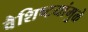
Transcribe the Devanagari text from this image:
वैशिष्टयांमुळे